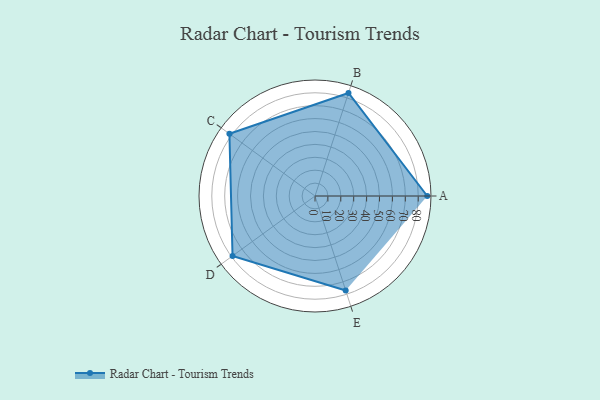
{"axis": {"x": "Skill", "y": "Score"}, "legend": ["Profile"], "data": [{"x": "A", "y": 87.0, "type": "Profile"}, {"x": "B", "y": 84.0, "type": "Profile"}, {"x": "C", "y": 82.0, "type": "Profile"}, {"x": "D", "y": 79.0, "type": "Profile"}, {"x": "E", "y": 77.0, "type": "Profile"}]}